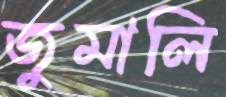
জুমালি